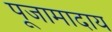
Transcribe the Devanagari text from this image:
पूजामादाय